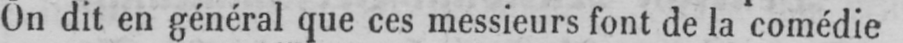
On dit en général que ces messieurs font de la comédie